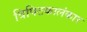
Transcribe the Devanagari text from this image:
त्रिपिटकालंकार